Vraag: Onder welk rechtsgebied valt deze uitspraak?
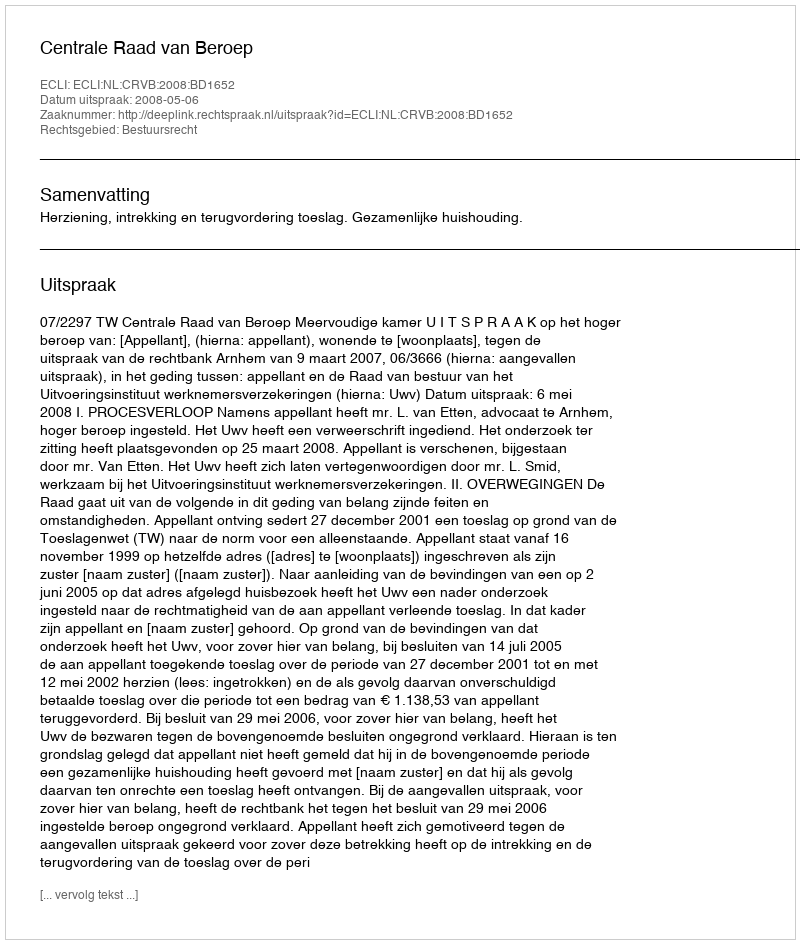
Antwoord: Bestuursrecht